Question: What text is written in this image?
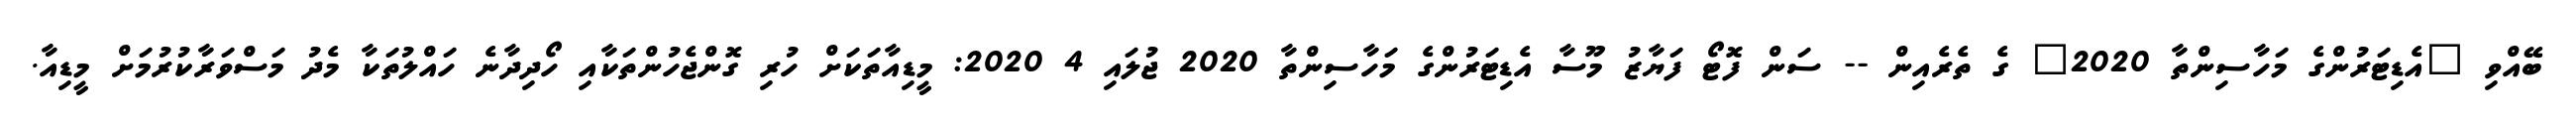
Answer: ބޭއްވި "އެޑިޓަރުންގެ މަހާސިންތާ 2020" ގެ ތެރެއިން -- ސަން ފޮޓޯ ފަޔާޒު މޫސާ އެޑިޓަރުންގެ މަހާސިންތާ 2020 ޖުލައި 4 2020: މީޑިއާތަކަށް ހުރި ގޮންޖެހުންތަކާއި ހޯދިދާނެ ހައްލުތަކާ މެދު މަސްވަރާކުރުމަށް މީޑިއާ.